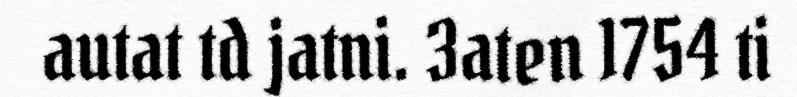
autat td jatni. 3aten 1754 ti